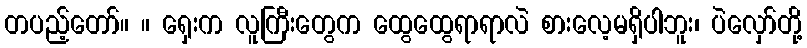
တပည့်တော်။ ။ ရှေးက လူကြီးတွေက ထွေထွေရာရာလဲ စားလေ့မရှိပါဘူး၊ ပဲလှော်တို့